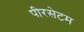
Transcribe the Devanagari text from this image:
पीरसेटम